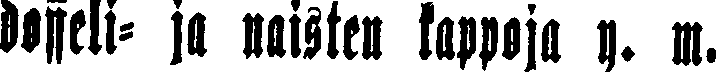
dosseli- ja naisten kappoja y. m.